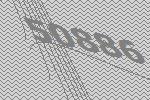
50886